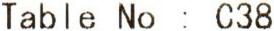
TABLE NO : C38